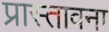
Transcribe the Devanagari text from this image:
प्रास्तावना